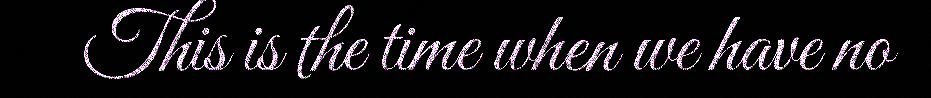
This is the time when we have no